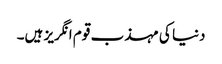
دنیا کی مہذب قوم انگریز ہیں۔